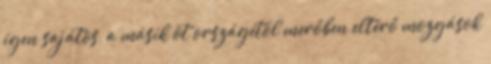
igen sajátos, a másik öt országétól merőben eltérő mozgások